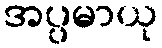
အပ္ပမာယု